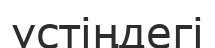
үстіңдегі